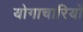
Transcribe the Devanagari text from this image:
योगाचारियों